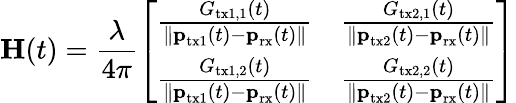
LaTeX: \textbf{H}(t)=\frac{\lambda}{4\pi}\left[\begin{array}{ll}{\frac{G_{\textrm{tx1},1}(t)}{\| \textbf{p}_{\textrm{tx1}}(t)-\textbf{p}_{\textrm{rx}}(t)\| }}&{\frac{G_{\textrm{tx2},1}(t)}{\| \textbf{p}_{\textrm{tx2}}(t)-\textbf{p}_{\textrm{rx}}(t)\| }}\\ {\frac{G_{\textrm{tx1},2}(t)}{\| \textbf{p}_{\textrm{tx1}}(t)-\textbf{p}_{\textrm{rx}}(t)\| }}&{\frac{G_{\textrm{tx2},2}(t)}{\| \textbf{p}_{\textrm{tx2}}(t)-\textbf{p}_{\textrm{rx}}(t)\| }}\end{array}\right]